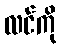
လင်ကို